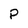
Character: P